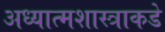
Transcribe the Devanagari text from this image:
अध्यात्मशास्त्राकडे